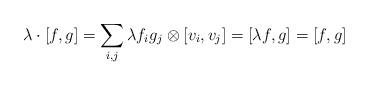
LaTeX: \begin{align*}\lambda \cdot [f,g] = \sum\limits_{i,j} \lambda f_i g_j \otimes [v_i,v_j] = [\lambda f,g] = [f,g]\end{align*}